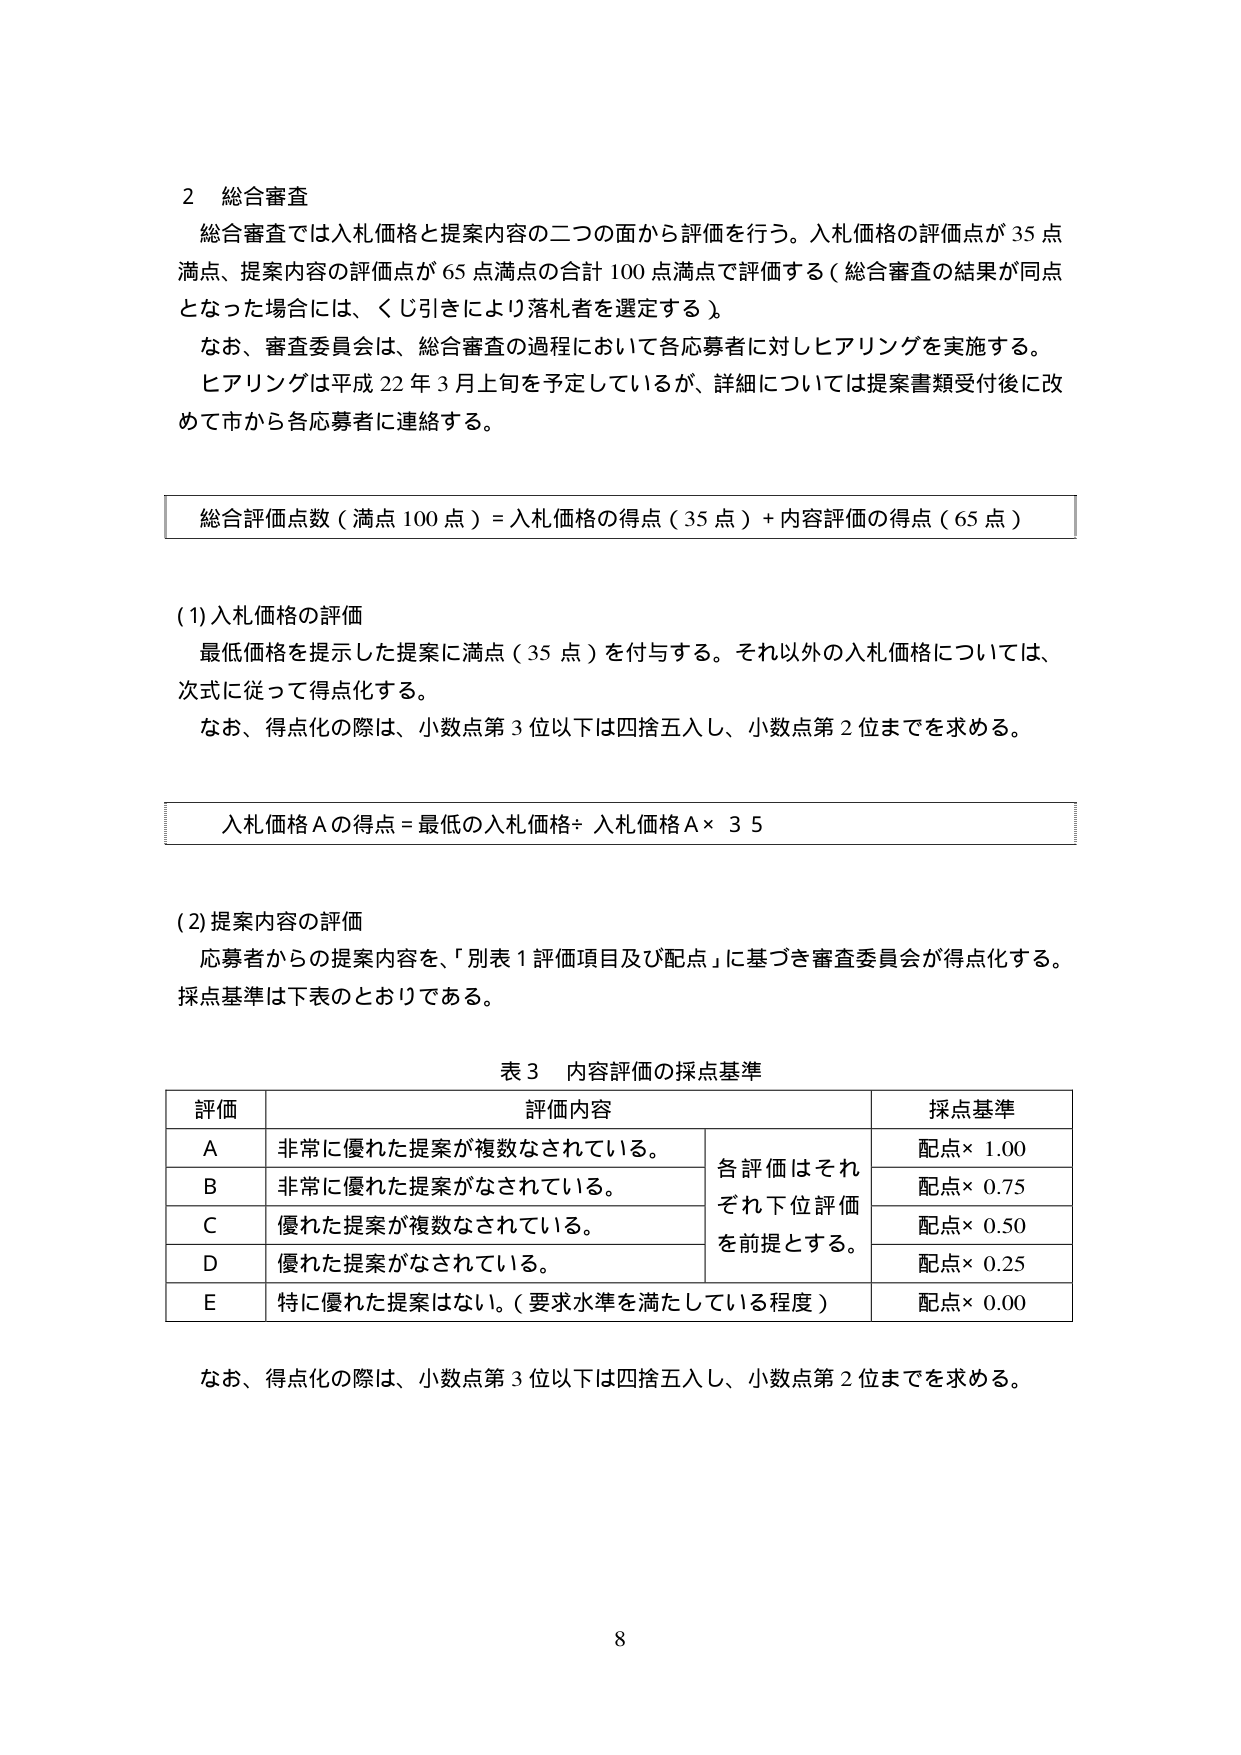
2 総合審査
総合審査では入札価格と提案内容の二つの面から評価を行う。入札価格の評価点が35点満点、提案内容の評価点が65点満点の合計100点満点で評価する（総合審査の結果が同点となった場合には、くじ引きにより落札者を選定する）。
なお、審査委員会は、総合審査の過程において各応募者に対しヒアリングを実施する。
ヒアリングは平成22年3月上旬を予定しているが、詳細については提案書類受付後に改めて市から各応募者に連絡する。

総合評価点数（満点100点）＝入札価格の得点（35点）＋内容評価の得点（65点）

(1) 入札価格の評価
最低価格を提示した提案に満点（35点）を付与する。それ以外の入札価格については、次式に従って得点化する。
なお、得点化の際は、小数点第3位以下は四捨五入し、小数点第2位までを求める。

入札価格Aの得点＝最低の入札価格÷入札価格A×35

(2) 提案内容の評価
応募者からの提案内容を、「別表1 評価項目及び配点」に基づき審査委員会が得点化する。採点基準は下表のとおりである。

表3 内容評価の採点基準

| 評価 | 評価内容 | 採点基準 |
|------|----------|----------|
| A    | 非常に優れた提案が複数なされている。 | 各評価はそれぞれ下位評価を前提とする。 |
| B    | 非常に優れた提案がなされている。 | 配点×1.00 |
| C    | 優れた提案が複数なされている。 | 配点×0.75 |
| D    | 優れた提案がなされている。 | 配点×0.50 |
| E    | 特に優れた提案はない。（要求水準を満たしている程度） | 配点×0.25 |

なお、得点化の際は、小数点第3位以下は四捨五入し、小数点第2位までを求める。

8